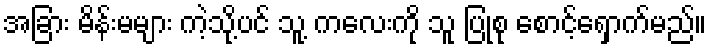
အခြား မိန်းမများ ကဲ့သို့ပင် သူ့ ကလေးကို သူ ပြုစု စောင့်ရှောက်မည်။